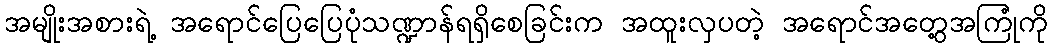
အမျိုးအစားရဲ့ အရောင်ပြေပြေပုံသဏ္ဍာန်ရရှိစေခြင်းက အထူးလှပတဲ့ အရောင်အတွေ့အကြုံကို